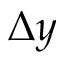
\Delta y